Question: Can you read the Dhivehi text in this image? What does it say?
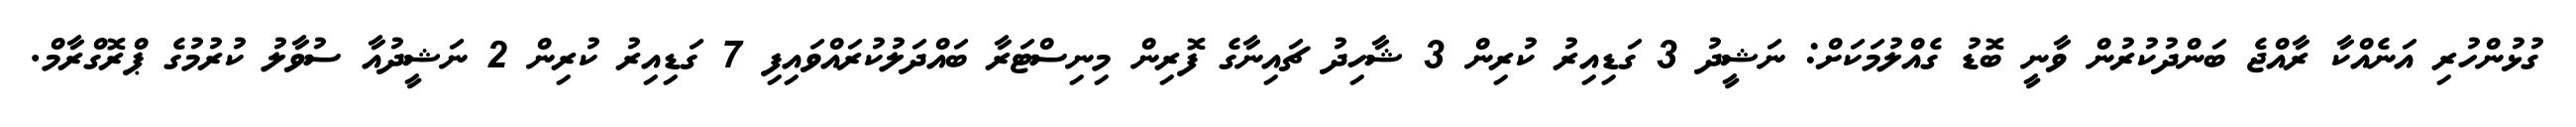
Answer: ގުޅުންހުރި އަނެއްކާ ރާއްޖެ ބަންދުކުރުން ވާނީ ބޮޑު ގެއްލުމަކަށް: ނަޝީދު 3 ގަޑިއިރު ކުރިން 3 ޝާހިދު ޗައިނާގެ ފޮރިން މިނިސްޓަރާ ބައްދަލުކުރައްވައިފި 7 ގަޑިއިރު ކުރިން 2 ނަޝީދުއާ ސުވާލު ކުރުމުގެ ޕްރޮގްރާމް.